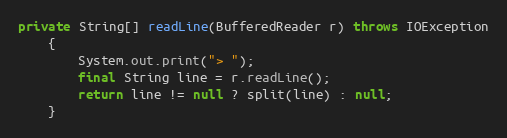
Language: Java
private String[] readLine(BufferedReader r) throws IOException
	{
		System.out.print("> ");
		final String line = r.readLine();
		return line != null ? split(line) : null;
	}